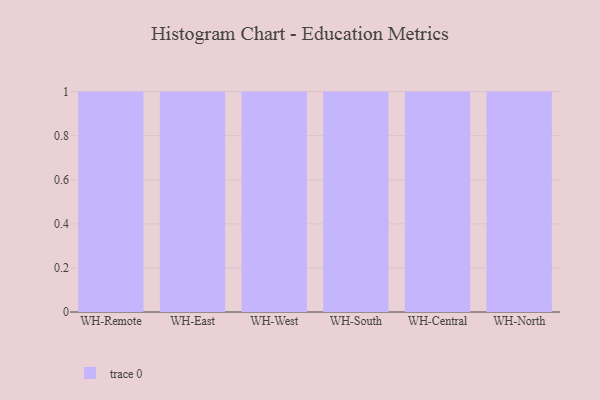
{"axis": {"x": "Warehouse", "y": "Website Visitors"}, "legend": [""], "data": [{"x": "WH-Remote", "y": 10, "type": ""}, {"x": "WH-East", "y": 97, "type": ""}, {"x": "WH-West", "y": 88, "type": ""}, {"x": "WH-South", "y": 97, "type": ""}, {"x": "WH-Central", "y": 51, "type": ""}, {"x": "WH-North", "y": 79, "type": ""}]}